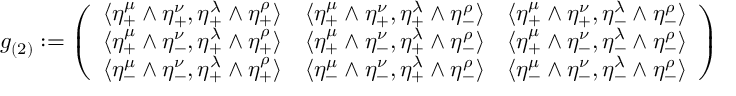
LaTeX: g _ { ( 2 ) } : = \left( \begin{array} { c c c } { { \langle \eta _ { + } ^ { \mu } \wedge \eta _ { + } ^ { \nu } , \eta _ { + } ^ { \lambda } \wedge \eta _ { + } ^ { \rho } \rangle } } & { { \langle \eta _ { + } ^ { \mu } \wedge \eta _ { + } ^ { \nu } , \eta _ { + } ^ { \lambda } \wedge \eta _ { - } ^ { \rho } \rangle } } & { { \langle \eta _ { + } ^ { \mu } \wedge \eta _ { + } ^ { \nu } , \eta _ { - } ^ { \lambda } \wedge \eta _ { - } ^ { \rho } \rangle } } \\ { { \langle \eta _ { + } ^ { \mu } \wedge \eta _ { - } ^ { \nu } , \eta _ { + } ^ { \lambda } \wedge \eta _ { + } ^ { \rho } \rangle } } & { { \langle \eta _ { + } ^ { \mu } \wedge \eta _ { - } ^ { \nu } , \eta _ { + } ^ { \lambda } \wedge \eta _ { - } ^ { \rho } \rangle } } & { { \langle \eta _ { + } ^ { \mu } \wedge \eta _ { - } ^ { \nu } , \eta _ { - } ^ { \lambda } \wedge \eta _ { - } ^ { \rho } \rangle } } \\ { { \langle \eta _ { - } ^ { \mu } \wedge \eta _ { - } ^ { \nu } , \eta _ { + } ^ { \lambda } \wedge \eta _ { + } ^ { \rho } \rangle } } & { { \langle \eta _ { - } ^ { \mu } \wedge \eta _ { - } ^ { \nu } , \eta _ { + } ^ { \lambda } \wedge \eta _ { - } ^ { \rho } \rangle } } & { { \langle \eta _ { - } ^ { \mu } \wedge \eta _ { - } ^ { \nu } , \eta _ { - } ^ { \lambda } \wedge \eta _ { - } ^ { \rho } \rangle } } \end{array} \right)